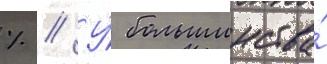
% // У́ большинства́